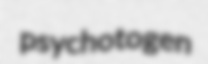
psychotogen